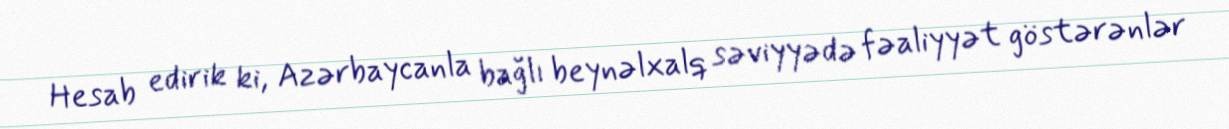
Hesab edirik ki, Azərbaycanla bağlı beynəlxalq səviyyədə fəaliyyət göstərənlər